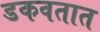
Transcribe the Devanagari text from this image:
डकवतात